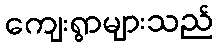
ကျေးရွာများသည်